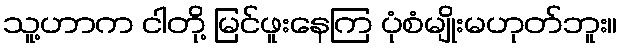
သူ့ဟာက ငါတို့ မြင်ဖူးနေကြ ပုံစံမျိုးမဟုတ်ဘူး။